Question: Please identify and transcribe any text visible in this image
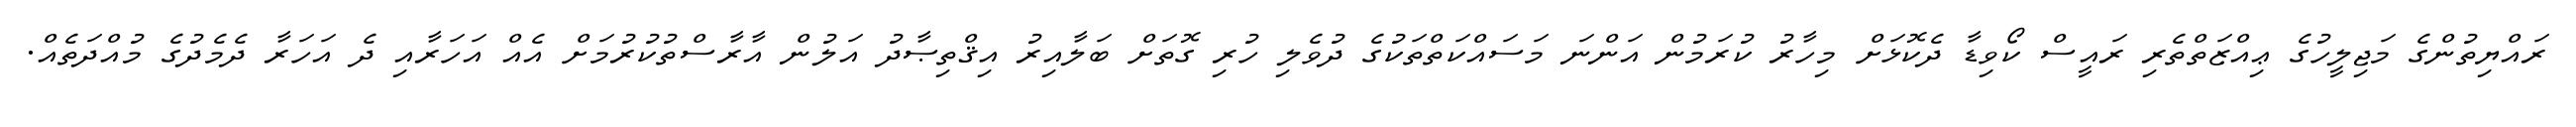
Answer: ރައްޔިތުންގެ މަޖިލީހުގެ ޢިއްޒަތްތެރި ރައީސް ކޯވިޑާ ދެކޮޅަށް މިހާރު ކުރަމުން އަންނަ މަސައްކަތްތަކުގެ ދުވެލި ހުރި ގޮތަށް ބަލާއިރު އިޤްތިޞާދު އަލުން އާރާސްތުކުރުމަށް އެއް އަހަރާއި ދެ އަހަރާ ދެމެދުގެ މުއްދަތެއް.